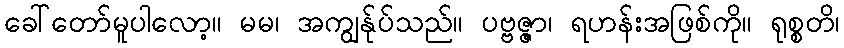
ခေါ်တော်မူပါလော့။ မမ၊ အကျွန်ုပ်သည်။ ပဗ္ဗဇ္ဇာ၊ ရဟန်းအဖြစ်ကို။ ရုစ္စတိ၊